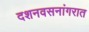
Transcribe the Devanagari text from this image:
दशनवसनांगरात